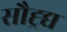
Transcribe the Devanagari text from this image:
सौह्र्द्य